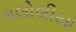
ગલોલીયા